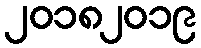
၂၀၁၈၂၀၁၉